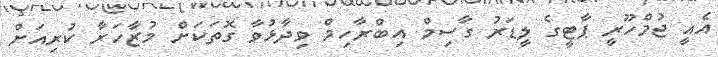
އެއީ ޖުމްހޫރީ ޕާޓީގެ ލީޑަރު ގާސިމް އިބްރާހިމް ވިދާޅުވާ ގޮތަކަށް މުޒާހަރާ ކުރިއަށް